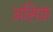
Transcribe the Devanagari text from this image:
असिक